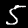
Label: 5